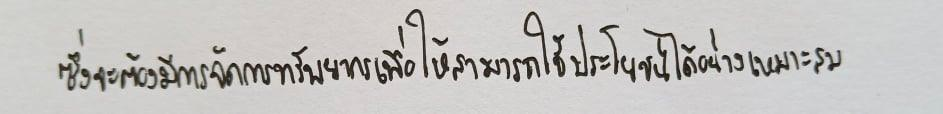
ซึ่งจะต้องมีการจัดการทรัพยากรเพื่อให้สามารถใช้ประโยชน์ได้อย่างเหมาะสม